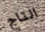
التاج